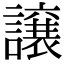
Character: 譲